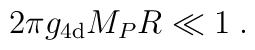
2 \pi g_{\rm 4d} M_P R \ll 1 \;.